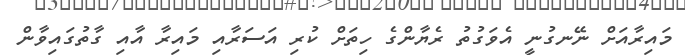
މައިރާއަށް ނޭނގުނީ އެވަގުތު ރެޔާންގެ ހިތަށް ކުރި އަސަރާއި މައިރާ އާއި ގާތުގައިވާން